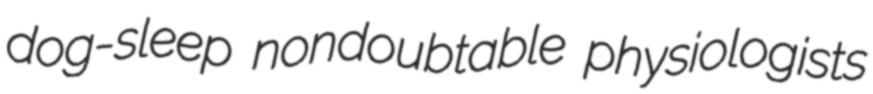
dog-sleep nondoubtable physiologists